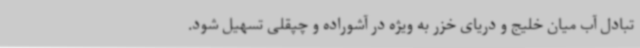
تبادل آب میان خلیج و دریای خزر به ویژه در آشوراده و چپقلی تسهیل شود.